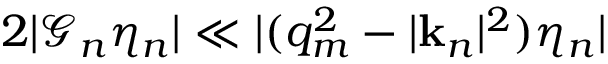
2 | \mathcal { G } _ { n } \eta _ { n } | \ll | ( q _ { m } ^ { 2 } - | \mathbf { k } _ { n } | ^ { 2 } ) \eta _ { n } |